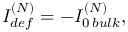
{ I _ { d e f } ^ { ( N ) } = - I _ { 0 \, b u l k } ^ { ( N ) } , }